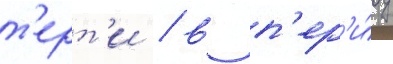
т'ерт'и / в п'ер'и́од